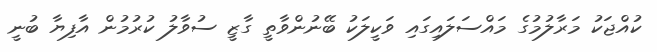
ކުއްޖަކު މަރާލުމުގެ މައްސަލައިގައި ވަކީލަކު ބޭނުންވާތީ ގާޒީ ސުވާލު ކުރުމުން އާފިޔާ ބުނީ